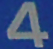
4